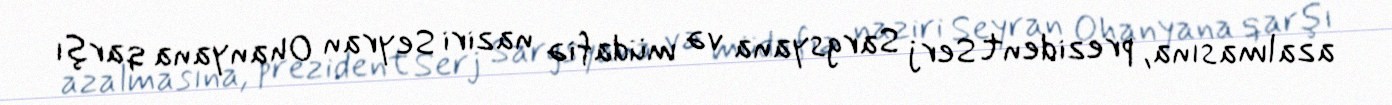
azalmasına, prezident Serj Sargsyana və müdafiə naziri Seyran Ohanyana qarşı